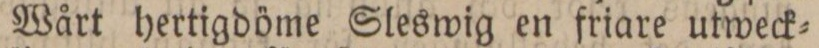
Wårt hertigdöme Sleswig en friare utweck=